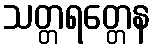
သတ္တရတ္တေန